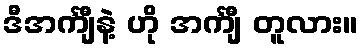
ဒီအင်္ကျီနဲ့ ဟို အင်္ကျီ တူလား။